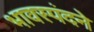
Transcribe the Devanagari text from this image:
भावस्पंदने